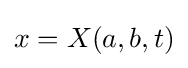
x=X(a,b,t)